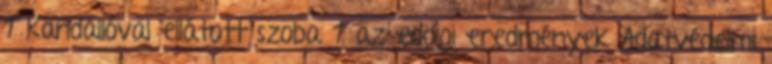
1 Kandallóval ellátott szoba 1 az eddigi eredmények Adatvédelmi